画像に写った文字を読んでください
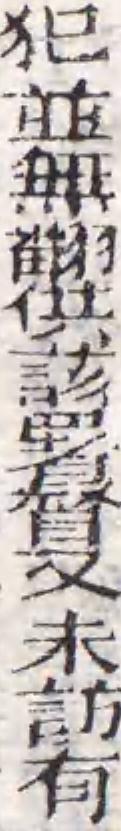
「犯並無翻供該署督又未訪有」と書いてあります